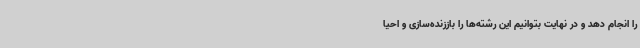
را انجام دهد و در نهایت بتوانیم این رشته‌ها را باززنده‌سازی و احیا